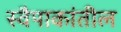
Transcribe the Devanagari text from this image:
स्वैपाकांतील